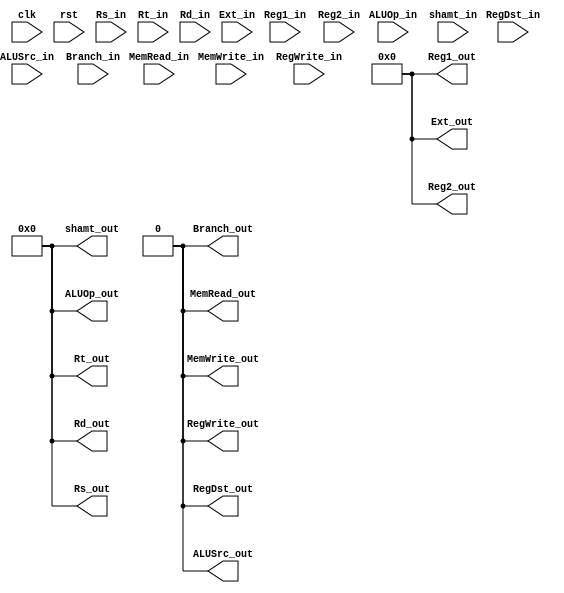
module IDEXReg (
    input       clk,    // Clock
    // input clk_en,    // Clock Enable
    input       rst,    // Asynchronous reset
    // EX signal
    input       RegDst_in,
    input[4:0]  ALUOp_in,
    input       ALUSrc_in,
    // MEM signal
    input       Branch_in,
    input       MemRead_in,
    input       MemWrite_in,
    // WB signal
    input       RegWrite_in,
    // data
    input[31:0] Reg1_in,
    input[31:0] Reg2_in,
    input[31:0] Ext_in,
    input[4:0]  Rs_in,
    input[4:0]  Rt_in,
    input[4:0]  Rd_in,
    input[4:0]  shamt_in,

    // EX signal
    output      RegDst_out,
    output[4:0] ALUOp_out,
    output      ALUSrc_out,
    // MEM signal
    output      Branch_out,
    output      MemRead_out,
    output      MemWrite_out,
    // WB signal
    output      RegWrite_out,
    // data
    output[31:0]Reg1_out,
    output[31:0]Reg2_out,
    output[31:0]Ext_out,
    output[4:0] Rs_out,
    output[4:0] Rt_out,
    output[4:0] Rd_out,
    output[4:0] shamt_out
);

reg[126:0] StageReg;
assign {
        RegDst_out,
        ALUOp_out[4:0],
        ALUSrc_out,
        Branch_out,
        MemRead_out,
        MemWrite_out,
        RegWrite_out,
        Reg1_out   [31:0],
        Reg2_out   [31:0],
        Ext_out    [31:0],
        Rs_out     [4:0],
        Rt_out     [4:0],
        Rd_out     [4:0],
        shamt_out  [4:0]
    } = StageReg;

always @(posedge rst) begin
    StageReg <= 127'b0;
end

initial begin
    StageReg <= 127'b0;
end

always @(posedge clk) begin
    StageReg <= {
        RegDst_in,
        ALUOp_in[4:0],
        ALUSrc_in,
        Branch_in,
        MemRead_in,
        MemWrite_in,
        RegWrite_in,
        Reg1_in   [31:0],
        Reg2_in   [31:0],
        Ext_in    [31:0],
        Rs_in     [4:0],
        Rt_in     [4:0],
        Rd_in     [4:0],
        shamt_in  [4:0]
    };
end



endmodule